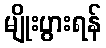
မျိုးပွားရန်